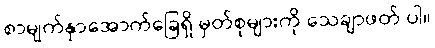
စာမျက်နှာအောက်ခြေရှိ မှတ်စုများကို သေချာဖတ် ပါ။